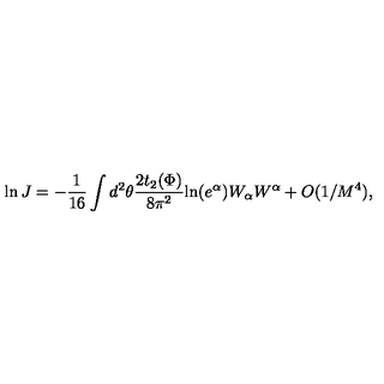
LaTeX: \ln J = - \frac { 1 } { 1 6 } \int d ^ { 2 } \theta \frac { 2 t _ { 2 } ( \Phi ) } { 8 \pi ^ { 2 } } \mathrm { l n } ( e ^ { \alpha } ) W _ { \alpha } W ^ { \alpha } + O ( 1 / M ^ { 4 } ) ,